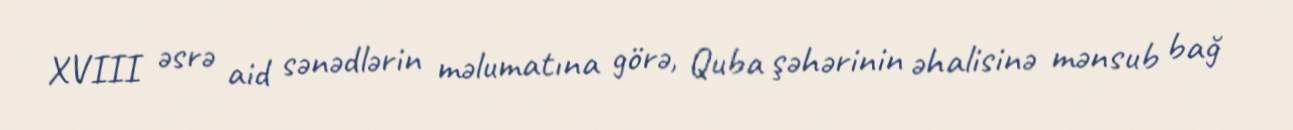
XVIII əsrə aid sənədlərin məlumatına görə, Quba şəhərinin əhalisinə mənsub bağ